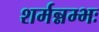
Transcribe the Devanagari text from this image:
शर्मन्नम्भः